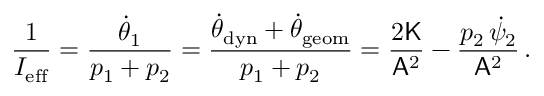
\frac { 1 } { I _ { \mathrm { e f f } } } = \frac { \dot { \theta } _ { 1 } } { p _ { 1 } + p _ { 2 } } = \frac { \dot { \theta } _ { \mathrm { d y n } } + \dot { \theta } _ { \mathrm { g e o m } } } { p _ { 1 } + p _ { 2 } } = \frac { 2 \mathsf { K } } { \mathsf { A } ^ { 2 } } - \frac { p _ { 2 } \, \dot { \psi } _ { 2 } } { \mathsf { A } ^ { 2 } } \, .